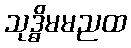
သုဒ္ဓိမမညထ